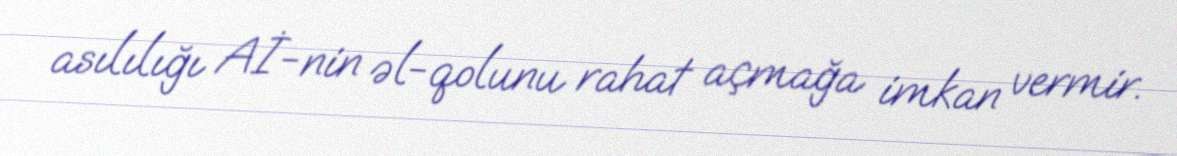
asılılığı Aİ-nin əl-qolunu rahat açmağa imkan vermir.